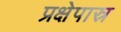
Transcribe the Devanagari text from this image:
प्रक्षेपास्र